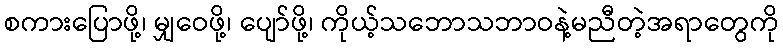
စကားပြောဖို့၊ မျှဝေဖို့၊ ပျော်ဖို့၊ ကိုယ့်သဘောသဘာဝနဲ့မညီတဲ့အရာတွေကို